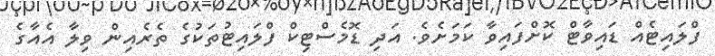
ފްލައިޓެއް ޑައިވާޓް ކޮށްފައިވާ ކަމަށެވެ. އަދި ޑޮމެސްޓިކް ފްލައިޓުތަކުގެ ތެރެއިން ވިލާ އެއާގެ